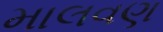
માલવણ